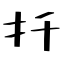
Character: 扦